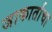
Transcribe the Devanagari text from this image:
जाकार्ताचा